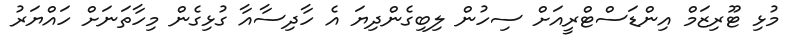
މުޅި ޓޫރިޒަމް އިންޑަސްޓްރީއަށް ސިހުން ލިބިގެންދިޔަ އެ ހާދިސާއާ ގުޅިގެން މިހާތަނަށް ހައްޔަރު